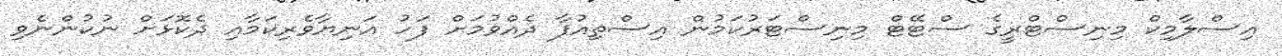
އިސްލާމިކް މިނިސްޓްރީގެ ސްޓޭޓް މިނިސްޓަރުކަމުން އިސްތިއުފާ ދެއްވުމަށް ފަހު އަނިޔާވެރިކަމާއި ދެކޮޅަށް ނުކުންނެވި